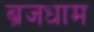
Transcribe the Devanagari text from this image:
ब्रजधाम